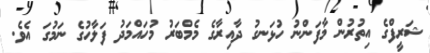
ޝަރީފްގެ އިތުރުން މާފަންނު ހުޅަނގު ދާއިރާގެ މެމްބަރު މުހައްމަދު ފަލާހުގެ ނަމުގަ އެވެ.